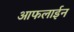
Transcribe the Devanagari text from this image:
आफलाईन